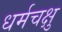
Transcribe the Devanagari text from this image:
धर्मचक्षु